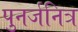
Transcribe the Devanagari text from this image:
पुनर्जनित्र